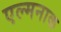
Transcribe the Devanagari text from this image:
एल्मनाक